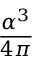
\frac { \alpha ^ { 3 } } { 4 \pi }